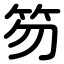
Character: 笏